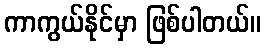
ကာကွယ်နိုင်မှာ ဖြစ်ပါတယ်။